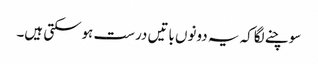
سوچنے لگاکہ یہ دونوں باتیں درست ہوسکتی ہیں۔